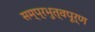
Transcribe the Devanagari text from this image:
सम्प्रभुत्वपूर्ण